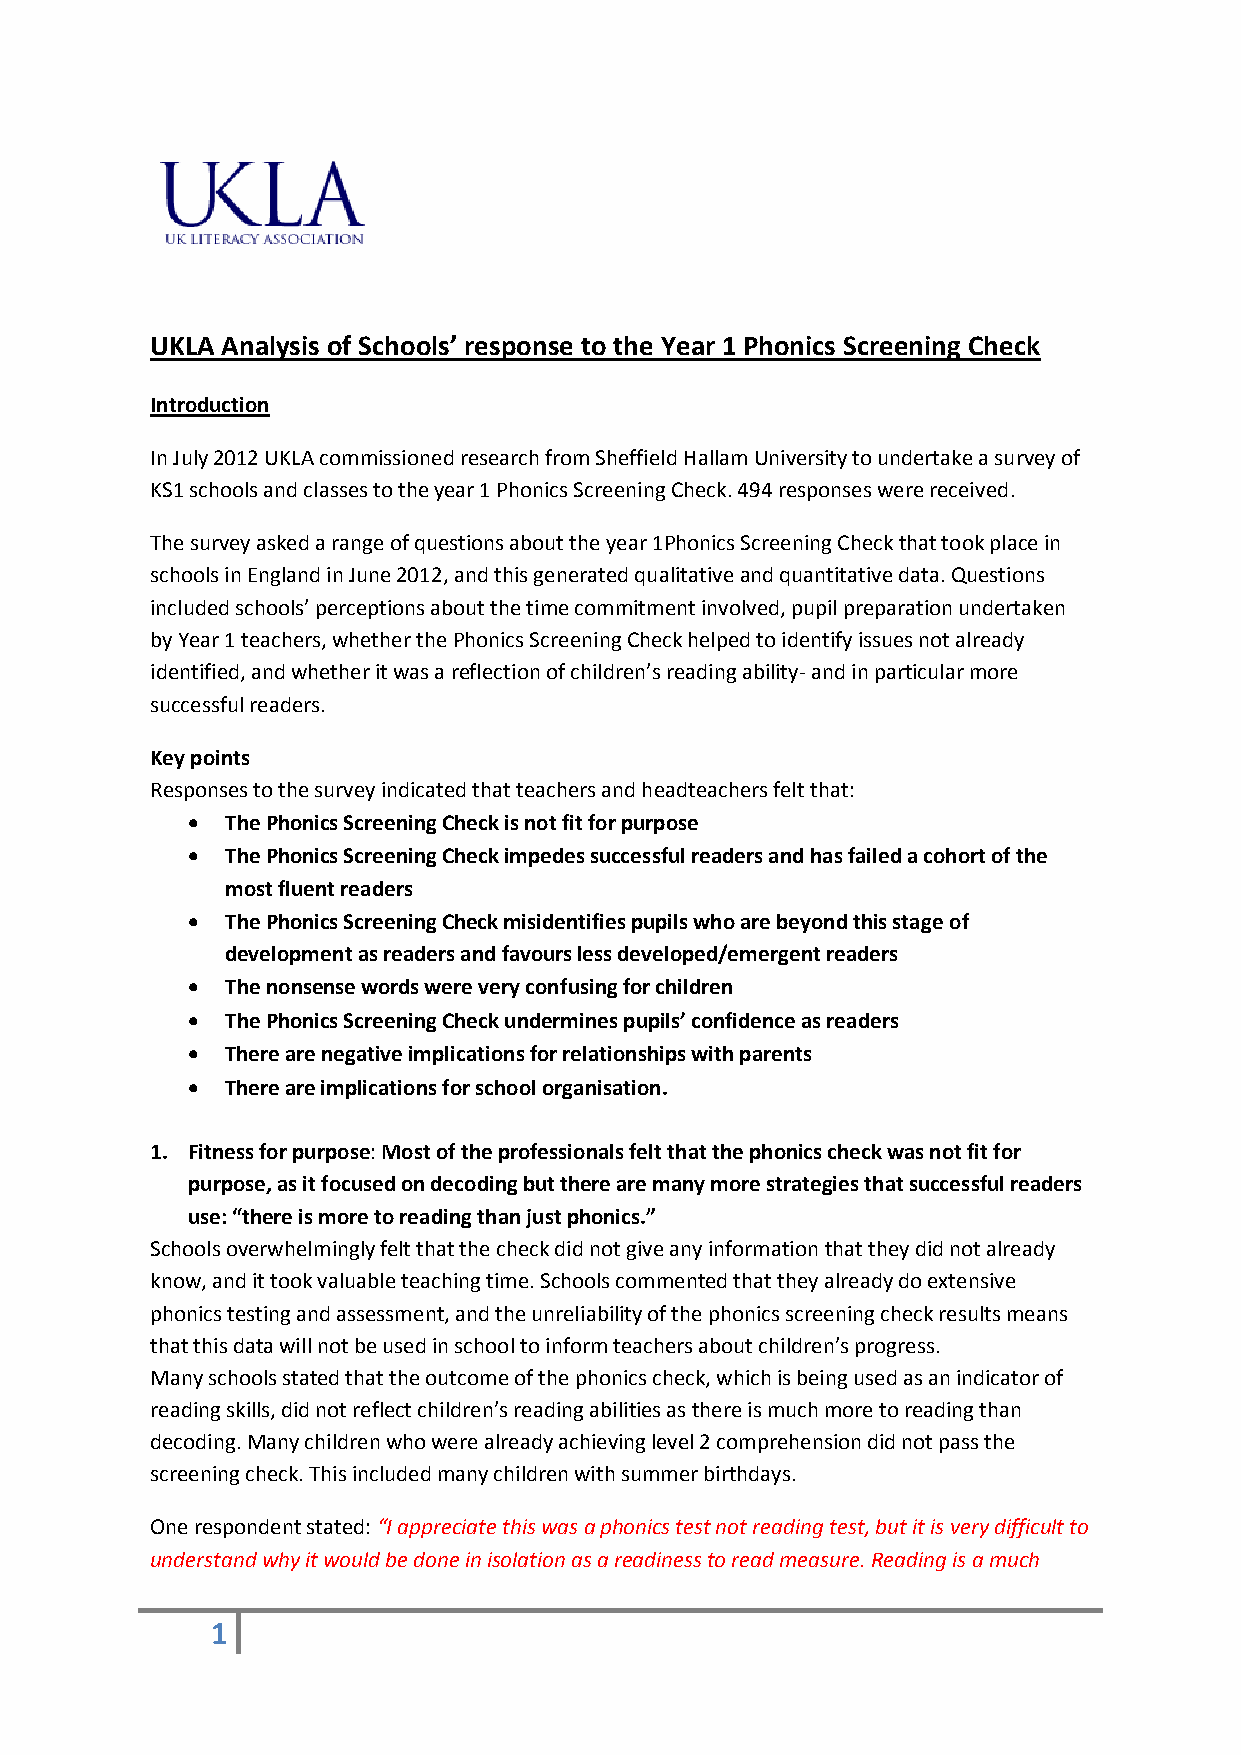
UKLA Analysis of Schools’ response to the Year 1 Phonics Screening Check
 Introduction
 In July 2012 UKLA commissioned research from Sheffield Hallam University to undertake a survey of
 KS1 schools and classes to the year 1 Phonics Screening Check. 494 responses were received.
 The survey asked a range of questions about the year 1Phonics Screening Check that took place in
 schools in England in June 2012, and this generated qualitative and quantitative data. Questions
 included schools’ perceptions about the time commitment involved, pupil preparation undertaken
 by Year 1 teachers, whether the Phonics Screening Check helped to identify issues not already
 identified, and whether it was a reflection of children’s reading ability- and in particular more
 successful readers.
 Key points
 Responses to the survey indicated that teachers and headteachers felt that:
   The Phonics Screening Check is not fit for purpose
   The Phonics Screening Check impedes successful readers and has failed a cohort of the
 most fluent readers
   The Phonics Screening Check misidentifies pupils who are beyond this stage of
 development as readers and favours less developed/emergent readers
   The nonsense words were very confusing for children
   The Phonics Screening Check undermines pupils’ confidence as readers
   There are negative implications for relationships with parents
   There are implications for school organisation.
 1. Fitness for purpose: Most of the professionals felt that the phonics check was not fit for
 purpose, as it focused on decoding but there are many more strategies that successful readers
 use: “there is more to reading than just phonics.”
 Schools overwhelmingly felt that the check did not give any information that they did not already
 know, and it took valuable teaching time. Schools commented that they already do extensive
 phonics testing and assessment, and the unreliability of the phonics screening check results means
 that this data will not be used in school to inform teachers about children’s progress.
 Many schools stated that the outcome of the phonics check, which is being used as an indicator of
 reading skills, did not reflect children’s reading abilities as there is much more to reading than
 decoding. Many children who were already achieving level 2 comprehension did not pass the
 screening check. This included many children with summer birthdays.
 One respondent stated: “I appreciate this was a phonics test not reading test, but it is very difficult to
 understand why it would be done in isolation as a readiness to read measure. Reading is a much
 1